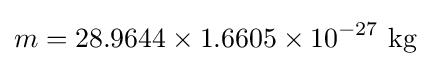
m=\mathrm {28.9644\times 1.6605\times 10^{-27}~kg}